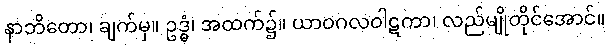
နာဘိတော၊ ချက်မှ။ ဥဒ္ဓံ၊ အထက်၌။ ယာဝဂလဝါဋကာ၊ လည်မျိုတိုင်အောင်။